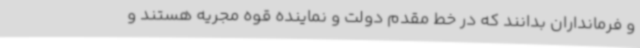
و فرمانداران بدانند که در خط مقدم دولت و نماینده قوه مجریه هستند و